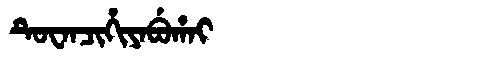
Manchu: ᡨᡠᠸᠠᠨᠴᡳᡥᡳᠶᠠᠪᡠᡥᠠᡳ
Romanization: TUWANCIHIYABUHAI